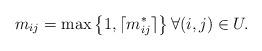
LaTeX: \begin{align*}m_{ij}= \max \left\{1, \lceil m_{ij}^{*}\rceil \right\}\forall (i,j)\in U.\end{align*}